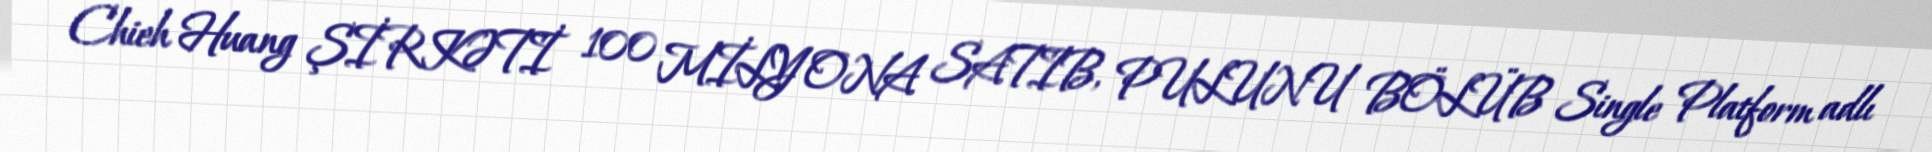
Chieh Huang ŞİRKƏTİ 100 MİLYONA SATIB, PULUNU BÖLÜB Single Platform adlı